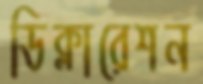
ডিক্লারেশন